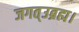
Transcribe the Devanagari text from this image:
जगत्उब्रह्म।